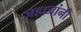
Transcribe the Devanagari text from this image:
जहाजांनी